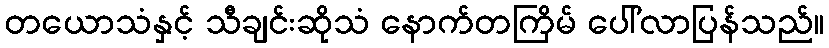
တယောသံနှင့် သီချင်းဆိုသံ နောက်တကြိမ် ပေါ်လာပြန်သည်။